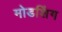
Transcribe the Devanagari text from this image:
मोडशिंग